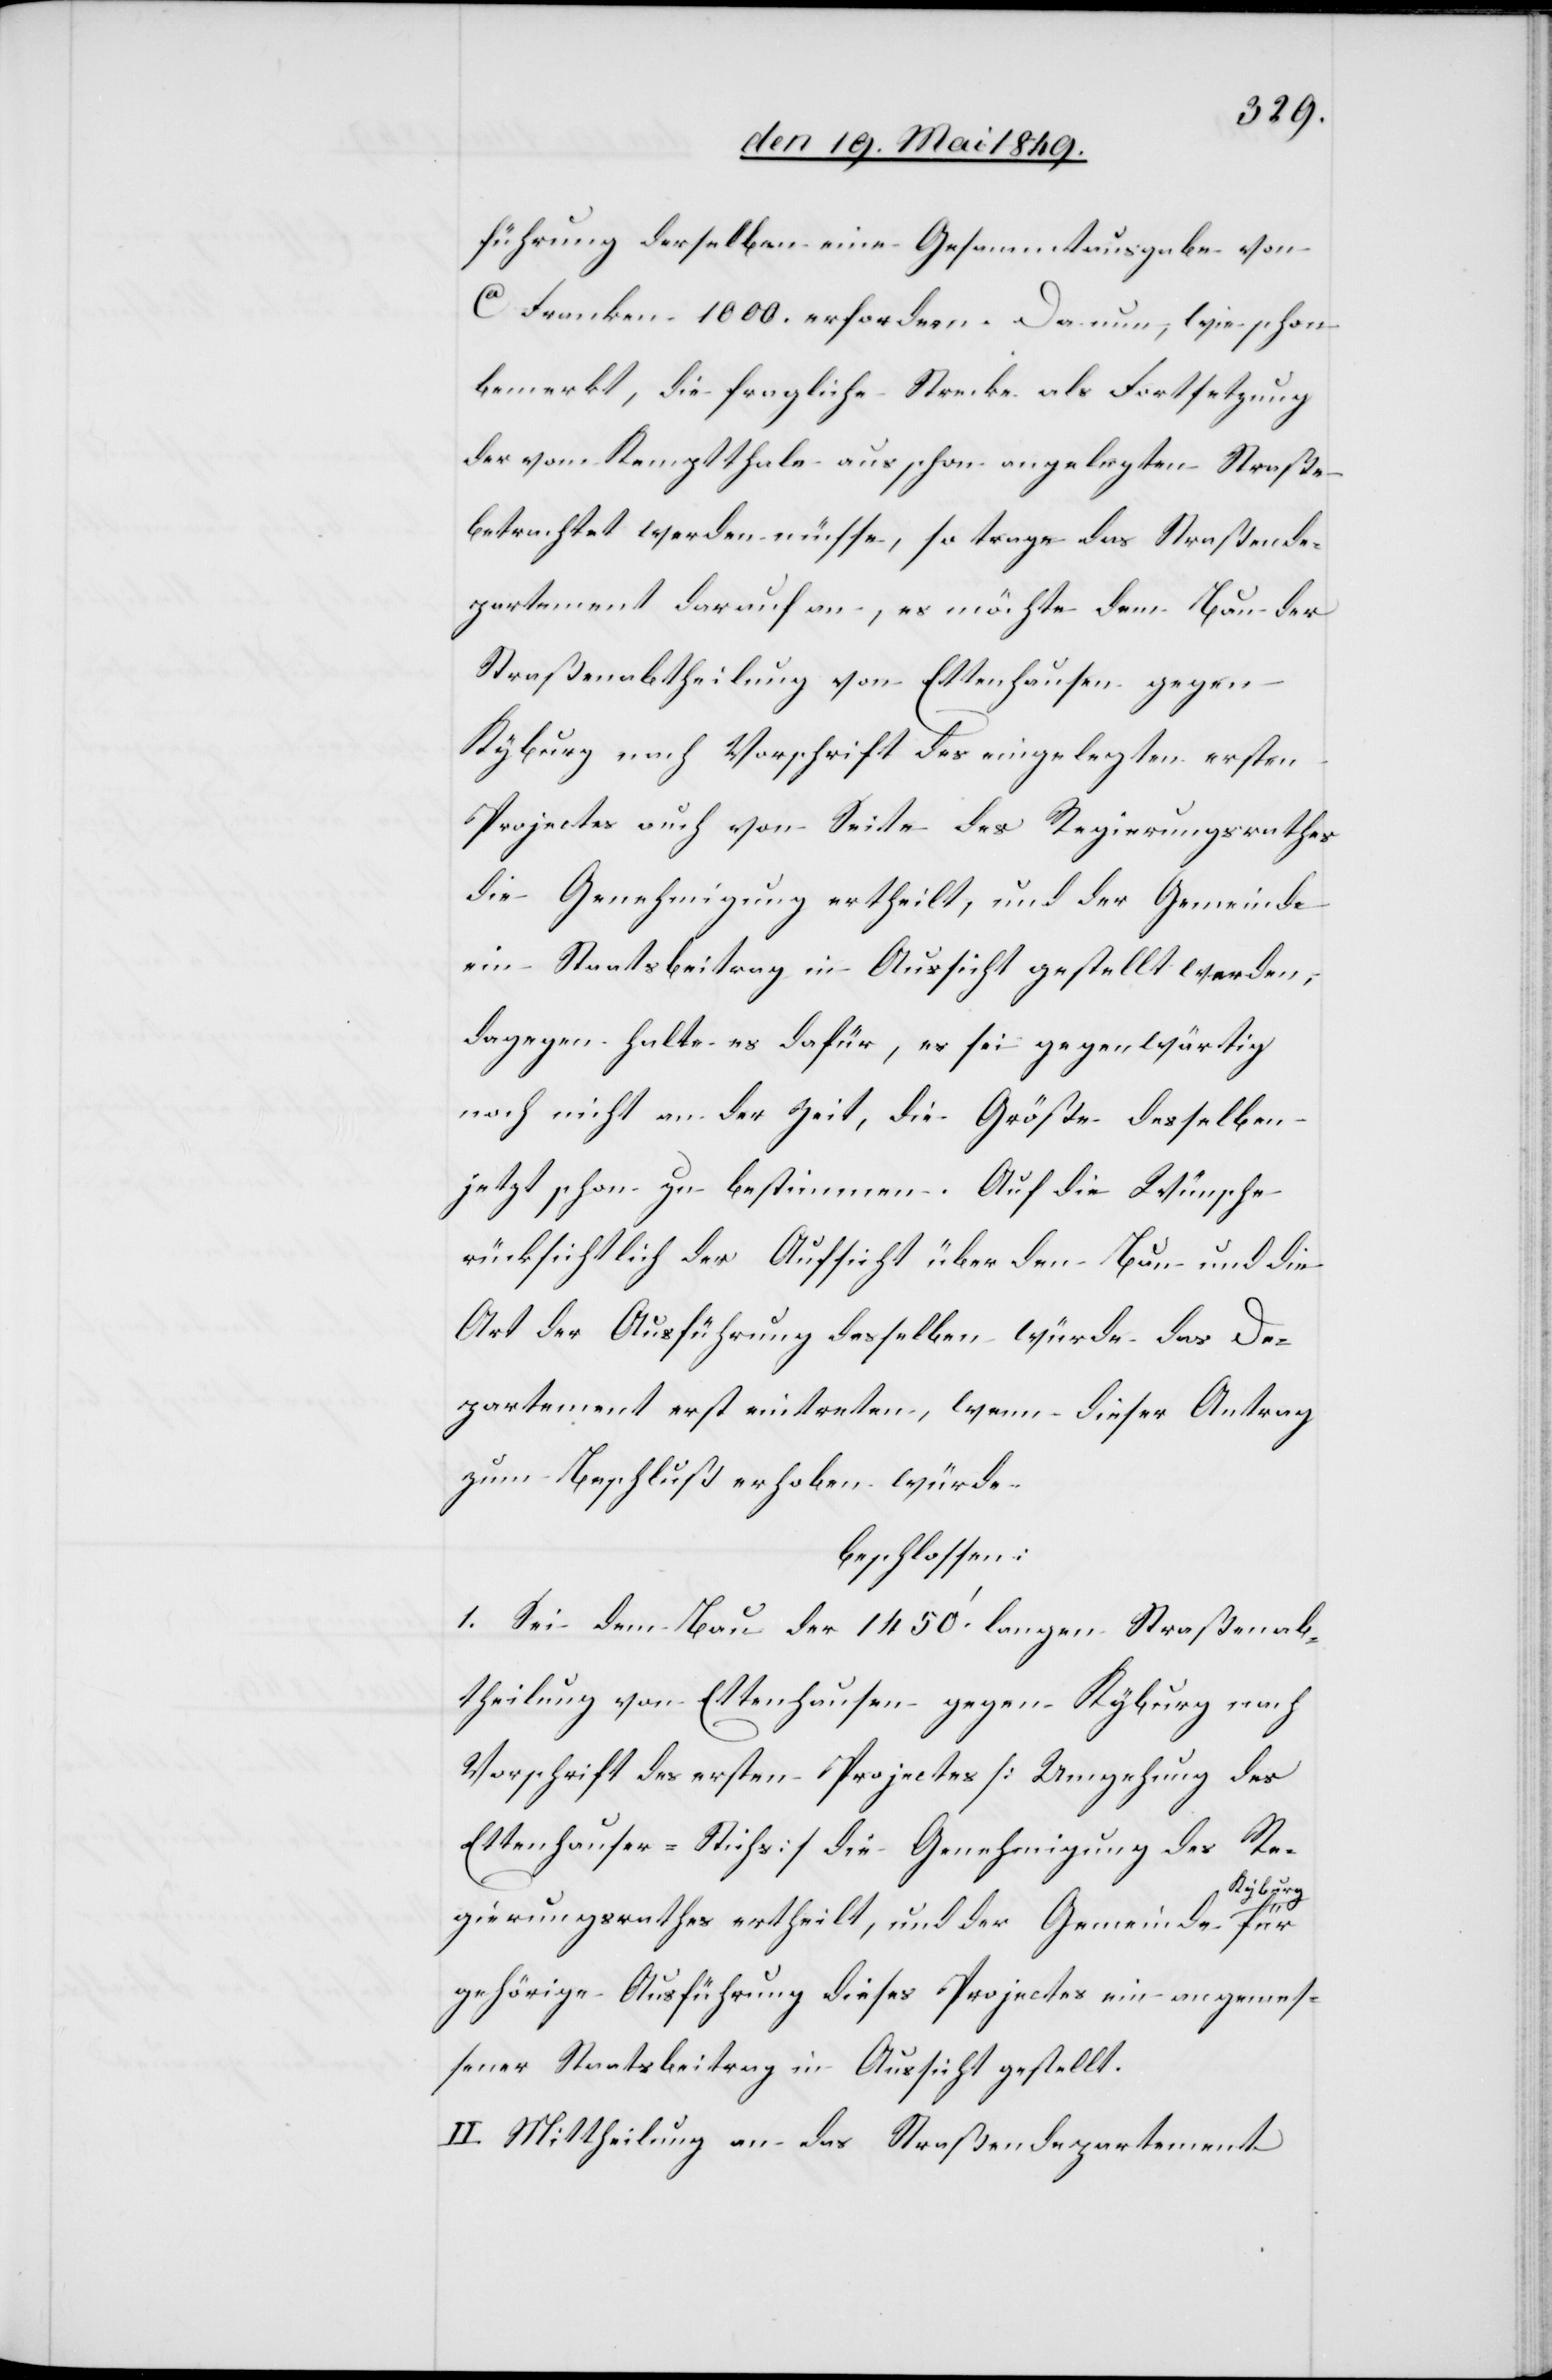
führung derselben eine Gesammtausgabe von
ca Franken 1 000. erfordern. Da nun, wie schon
bemerkt, die fragliche Strecke als Fortsetzung
der vom Kemptthale [sic!] aus schon angelegten Straße
betrachtet werden müsse, so trage das Straßende¬
partement darauf an, es möchte dem Bau der
Straßenabtheilung von Ettenhausen gegen
Kyburg nach Vorschrift des eingelegten ersten
Projectes auch von Seite des Regierungsrathes
die Genehmigung ertheilt, und der Gemeinde
ein Staatsbeitrag in Aussicht gestellt werden,
dagegen halte es dafür, es sei gegenwärtig
noch nicht an der Zeit, die Größe desselben
jetzt schon zu bestimmen. Auf diese Wünsche
rücksichtlich der Aufsicht über den Bau und die
Art der Ausführung desselben würde das De¬
partement erst eintreten, wenn dieser Antrag
zum Beschluß erhoben würde.
beschlossen:
1. Sei dem Bau der 1 450‘ langen Straßenab¬
theilung von Ettenhausen gegen Kyburg nach
Vorschrift des ersten Projectes [Umgehung des
Ettenhauser-Stichs] die Genehmigung des Re¬
gierungsrathes ertheilt, und der Gemeinde Kyburg
gehörige Ausführung dieses Projectes ein angemes¬
sener Staatsbeitrag in Aussicht gestellt.
II. Mittheilung an das Straßendepartement